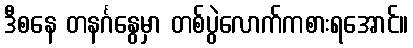
ဒီစနေ တနင်္ဂနွေမှာ တစ်ပွဲလောက်ကစားရအောင်။